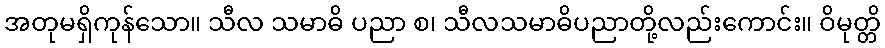
အတုမရှိကုန်သော။ သီလ သမာဓိ ပညာ စ၊ သီလသမာဓိပညာတို့လည်းကောင်း။ ဝိမုတ္တိ